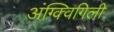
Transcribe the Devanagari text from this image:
अंग्क्विगिली